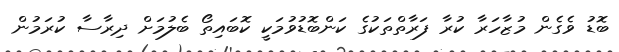
ބޮޑު ވެގެން މުޒާހަރާ ކުރާ ފަރާތްތަކުގެ ކަންބޮޑުވުމަކީ ކޮބައިތޯ ބެލުމަށް ދިރާސާ ކުރަމުން